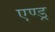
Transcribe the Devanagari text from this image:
एण्ड्र